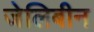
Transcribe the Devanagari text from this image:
जेलिबीन